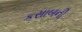
કસાબની